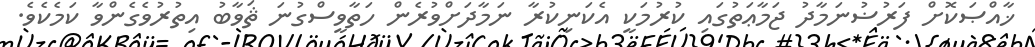
ޚާއްޞަކޮށް ފަރުޟުނަމާދު ޖަމާޢަތުގައި ކުރުމަކީ އެކަނިކުރާ ނަމާދަށްވުރެން ހަތާވީސްގުނަ ޘަވާބު އިތުރުވެގެންވާ ކަމެކެވެ.